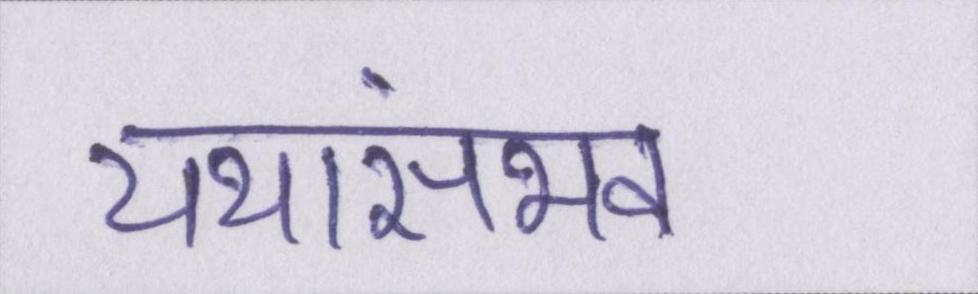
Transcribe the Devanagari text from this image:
यथासंभव